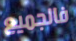
فالجميع